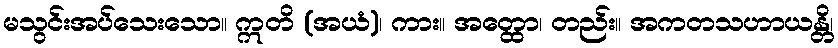
မသွင်းအပ်သေးသော။ ဣတိ (အယံ)၊ ကား။ အတ္ထော၊ တည်း။ အကတသဟာယန္တိ၊